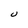
Character: U